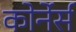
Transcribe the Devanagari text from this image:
कोर्नेर्स